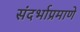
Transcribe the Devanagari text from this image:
संदर्भाप्रमाणे